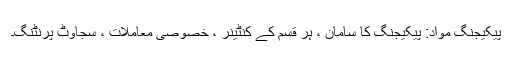
پیکیجنگ مواد: پیکیجنگ کا سامان ، ہر قسم کے کنٹینر ، خصوصی معاملات ، سجاوٹ پرنٹنگ۔